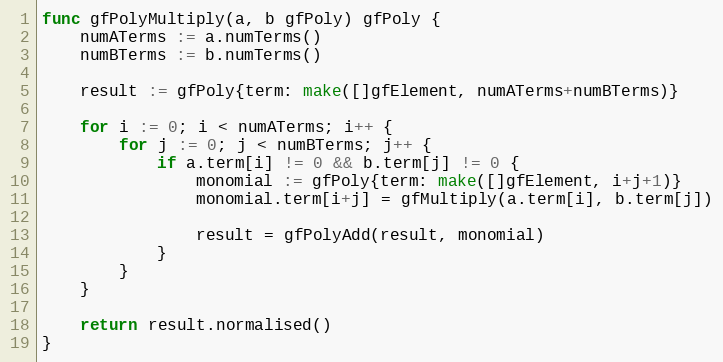
Language: Go
func gfPolyMultiply(a, b gfPoly) gfPoly {
	numATerms := a.numTerms()
	numBTerms := b.numTerms()

	result := gfPoly{term: make([]gfElement, numATerms+numBTerms)}

	for i := 0; i < numATerms; i++ {
		for j := 0; j < numBTerms; j++ {
			if a.term[i] != 0 && b.term[j] != 0 {
				monomial := gfPoly{term: make([]gfElement, i+j+1)}
				monomial.term[i+j] = gfMultiply(a.term[i], b.term[j])

				result = gfPolyAdd(result, monomial)
			}
		}
	}

	return result.normalised()
}